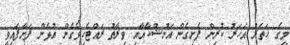
މީގެ ހަތަރު އަހަރު ކުރިން ފެށިގެން އަނުޝްކާއާއި ވިރާތު ރައްޓެހިވެގެން އުޅެން ފަށާފައިވީ